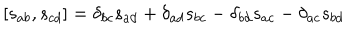
[ s _ { a b } , s _ { c d } ] = \delta _ { b c } s _ { a d } + \delta _ { a d } s _ { b c } - \delta _ { b d } s _ { a c } - \delta _ { a c } s _ { b d }